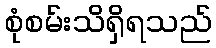
စုံစမ်းသိရှိရသည်